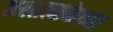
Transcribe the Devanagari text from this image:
कलात्मकेच्या